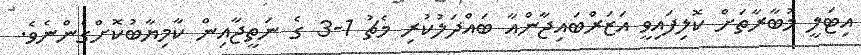
އިޓަލީ މުބާރާތަށް ކޮލިފައިވީ އަޒަރްބައިޖާންއާ ބައްދަލުކުރި މެޗު 1-3 ގެ ނަތީޖާއިން ކާމިޔާބުކޮށްގެންނެވެ.